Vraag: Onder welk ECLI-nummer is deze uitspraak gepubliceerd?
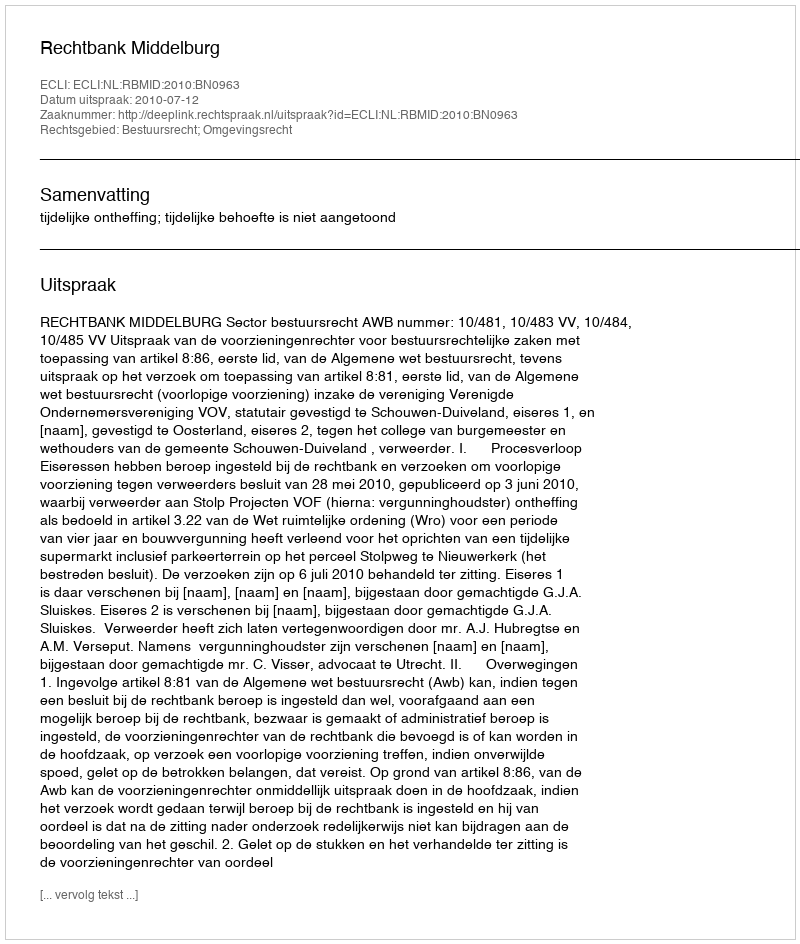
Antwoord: ECLI:NL:RBMID:2010:BN0963